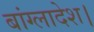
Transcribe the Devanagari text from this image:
बांग्लादेश।